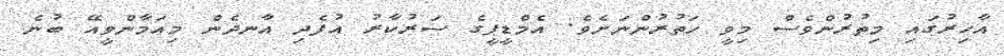
އާޚިރުގައި މިތުރުންވެސް މިވީ ހަތުރުންނަށެވެ. އެމްޑީޕީގެ ސަރުކާރު އުފެދި އާނދެން މިއަމާންވީއޭ ބުނެ